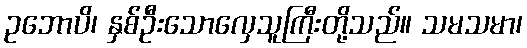
ဥဘောပိ၊ နှစ်ဦးသောလှေသူကြီးတို့သည်။ သမသမာ၊